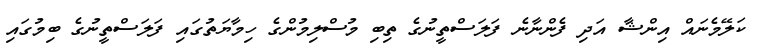
ކަލޭމެނައް އިންޝާ އަދި ފެންނާނެ ފަލަސްތީނުގެ ތިބި މުސްލިމުންގެ ހިމާޔަތުގައި ފަލަސްތީނުގެ ބިމުގައި